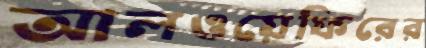
আলওয়েফিরের